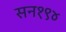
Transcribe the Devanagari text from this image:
सन१९४